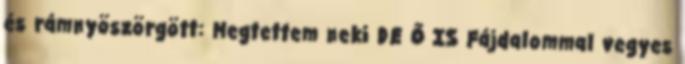
és rámnyöszörgött: Megtettem neki DE Ő IS Fájdalommal vegyes